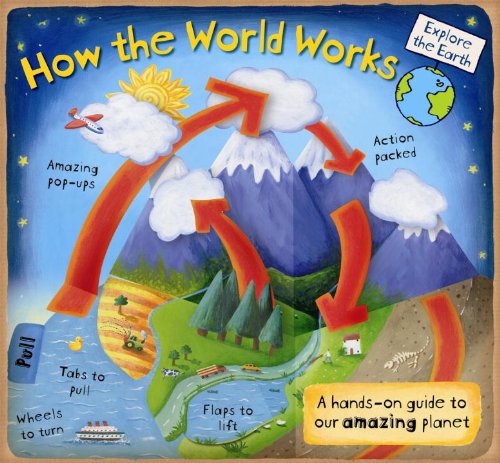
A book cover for How the World Works: A Hands-On Guide to Our Amazing Planet; Christian Dorion; Children's Books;